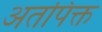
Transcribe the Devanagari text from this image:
अतपिक्त